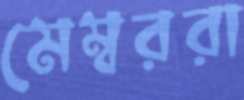
মেম্বররা